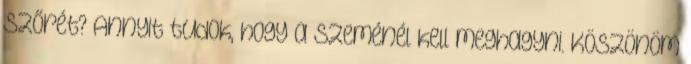
szőrét? Annyit tudok, hogy a szeménél kell meghagyni. Köszönöm